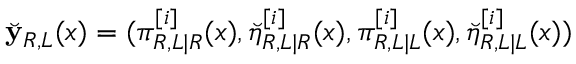
\breve { \mathbf { y } } _ { R , L } ( x ) = ( \pi _ { R , L | R } ^ { [ i ] } ( x ) , \breve { \eta } _ { R , L | R } ^ { [ i ] } ( x ) , \pi _ { R , L | L } ^ { [ i ] } ( x ) , \breve { \eta } _ { R , L | L } ^ { [ i ] } ( x ) )